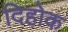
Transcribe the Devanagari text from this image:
दिहोक